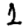
Digit: 1